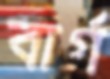
বার্গ